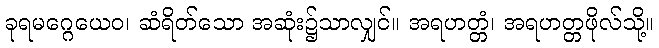
ခုရမဂ္ဂေယေဝ၊ ဆံရိတ်သော အဆုံး၌သာလျှင်။ အရဟတ္တံ၊ အရဟတ္တဖိုလ်သို့။